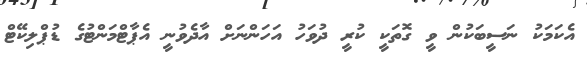
އެކަމަކު ނަސީބަކުން ވީ ގޮތަކީ ކުރީ ދުވަހު އަހަންނަށް އާދެވުނީ އެޕާޓްމަންޓުގެ ޑުޕްލިކޭޓް